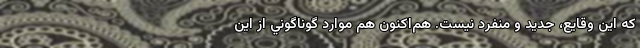
كه اين وقايع، جديد و منفرد نيست. هم‌اكنون هم موارد گوناگوني از اين